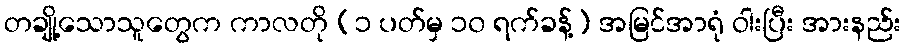
တချို့သောသူတွေက ကာလတို (၁ ပတ်မှ ၁၀ ရက်ခန့်) အမြင်အာရုံ ဝါးပြီး အားနည်း